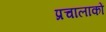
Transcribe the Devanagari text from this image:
प्रचालाकों